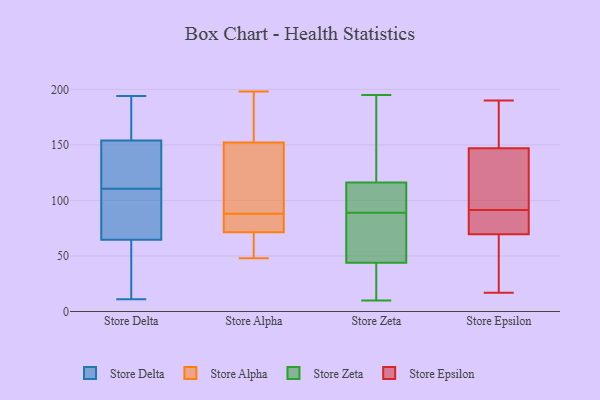
{"axis": {"x": "Customer Acquisition Cost (USD)", "y": "Value"}, "legend": ["Store Alpha", "Store Delta", "Store Epsilon", "Store Zeta"], "data": [{"x": "", "y": 18, "type": "Store Delta"}, {"x": "", "y": 81, "type": "Store Delta"}, {"x": "", "y": 105, "type": "Store Delta"}, {"x": "", "y": 194, "type": "Store Delta"}, {"x": "", "y": 113, "type": "Store Delta"}, {"x": "", "y": 48, "type": "Store Delta"}, {"x": "", "y": 153, "type": "Store Delta"}, {"x": "", "y": 155, "type": "Store Delta"}, {"x": "", "y": 11, "type": "Store Delta"}, {"x": "", "y": 186, "type": "Store Delta"}, {"x": "", "y": 143, "type": "Store Delta"}, {"x": "", "y": 108, "type": "Store Delta"}, {"x": "", "y": 72, "type": "Store Alpha"}, {"x": "", "y": 158, "type": "Store Alpha"}, {"x": "", "y": 53, "type": "Store Alpha"}, {"x": "", "y": 123, "type": "Store Alpha"}, {"x": "", "y": 135, "type": "Store Alpha"}, {"x": "", "y": 88, "type": "Store Alpha"}, {"x": "", "y": 71, "type": "Store Alpha"}, {"x": "", "y": 48, "type": "Store Alpha"}, {"x": "", "y": 93, "type": "Store Alpha"}, {"x": "", "y": 194, "type": "Store Alpha"}, {"x": "", "y": 198, "type": "Store Alpha"}, {"x": "", "y": 76, "type": "Store Alpha"}, {"x": "", "y": 73, "type": "Store Alpha"}, {"x": "", "y": 173, "type": "Store Alpha"}, {"x": "", "y": 61, "type": "Store Alpha"}, {"x": "", "y": 83, "type": "Store Zeta"}, {"x": "", "y": 140, "type": "Store Zeta"}, {"x": "", "y": 42, "type": "Store Zeta"}, {"x": "", "y": 110, "type": "Store Zeta"}, {"x": "", "y": 10, "type": "Store Zeta"}, {"x": "", "y": 50, "type": "Store Zeta"}, {"x": "", "y": 36, "type": "Store Zeta"}, {"x": "", "y": 89, "type": "Store Zeta"}, {"x": "", "y": 195, "type": "Store Zeta"}, {"x": "", "y": 118, "type": "Store Zeta"}, {"x": "", "y": 111, "type": "Store Zeta"}, {"x": "", "y": 89, "type": "Store Epsilon"}, {"x": "", "y": 24, "type": "Store Epsilon"}, {"x": "", "y": 150, "type": "Store Epsilon"}, {"x": "", "y": 85, "type": "Store Epsilon"}, {"x": "", "y": 19, "type": "Store Epsilon"}, {"x": "", "y": 17, "type": "Store Epsilon"}, {"x": "", "y": 109, "type": "Store Epsilon"}, {"x": "", "y": 94, "type": "Store Epsilon"}, {"x": "", "y": 138, "type": "Store Epsilon"}, {"x": "", "y": 190, "type": "Store Epsilon"}, {"x": "", "y": 186, "type": "Store Epsilon"}, {"x": "", "y": 164, "type": "Store Epsilon"}, {"x": "", "y": 72, "type": "Store Epsilon"}, {"x": "", "y": 80, "type": "Store Epsilon"}, {"x": "", "y": 144, "type": "Store Epsilon"}, {"x": "", "y": 67, "type": "Store Epsilon"}]}